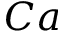
C a